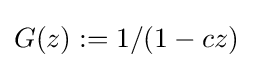
G(z):=1/(1-cz)